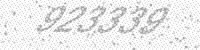
Solution: 923339